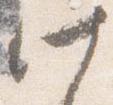
此